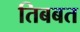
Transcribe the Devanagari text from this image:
तिबबत